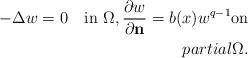
LaTeX: \begin{align*} -\Delta w = 0 \quad\mbox{in} \ \Omega, \frac{\partial w}{\partial \mathbf{n}} = b(x)w^{q-1} \mbox{on} \\partial \Omega.\end{align*}